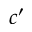
c ^ { \prime }